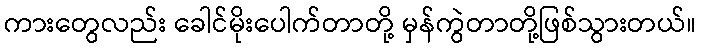
ကားတွေလည်း ခေါင်မိုးပေါက်တာတို့ မှန်ကွဲတာတို့ဖြစ်သွားတယ်။